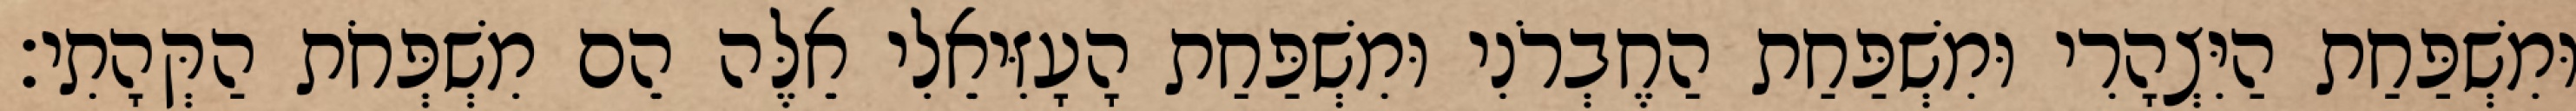
וּמִשְׁפַּחַת הַיִּצְהָרִי וּמִשְׁפַּחַת הַחֶבְרֹנִי וּמִשְׁפַּחַת הָעָזִּיאֵלִי אֵלֶּה הֵם מִשְׁפְּחֹת הַקְּהָתִי׃